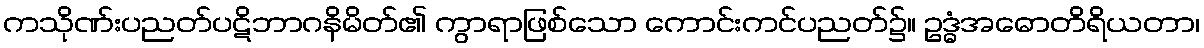
ကသိုဏ်းပညတ်ပဋိဘာဂနိမိတ်၏ ကွာရာဖြစ်သော ကောင်းကင်ပညတ်၌။ ဥဒ္ဓံအဓောတိရိယတာ၊